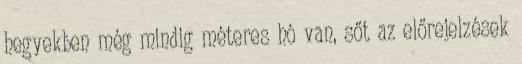
hegyekben még mindig méteres hó van, sőt az előrejelzések